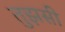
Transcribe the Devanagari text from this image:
तुझसी